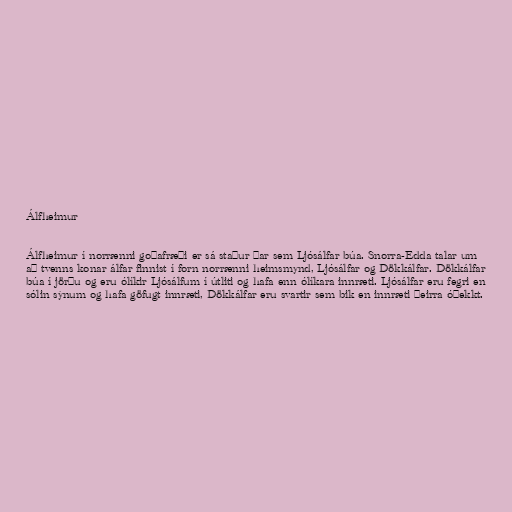
Álfheimur

Álfheimur í norrænni goðafræði er sá staður þar sem Ljósálfar búa. Snorra-Edda talar um
að tvenns konar álfar finnist í forn norrænni heimsmynd, Ljósálfar og Dökkálfar. Dökkálfar
búa í jörðu og eru ólíkir Ljósálfum í útliti og hafa enn ólíkara innræti. Ljósálfar eru fegri en
sólin sýnum og hafa göfugt innræti, Dökkálfar eru svartir sem bik en innræti þeirra óþekkt.